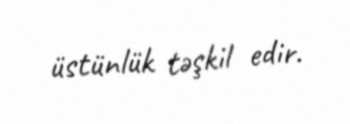
üstünlük təşkil edir.